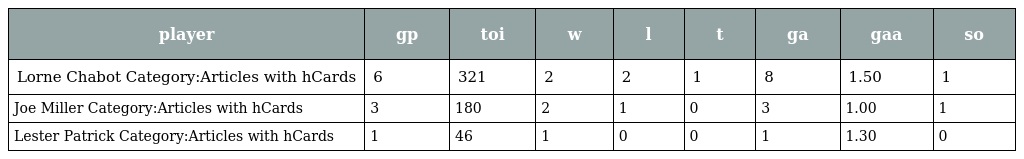
| player | gp | toi | w | l | t | ga | gaa | so |
 | --- | --- | --- | --- | --- | --- | --- | --- | --- |
 | Lorne Chabot Category:Articles with hCards | 6 | 321 | 2 | 2 | 1 | 8 | 1.50 | 1 |
 | Joe Miller Category:Articles with hCards | 3 | 180 | 2 | 1 | 0 | 3 | 1.00 | 1 |
 | Lester Patrick Category:Articles with hCards | 1 | 46 | 1 | 0 | 0 | 1 | 1.30 | 0 |